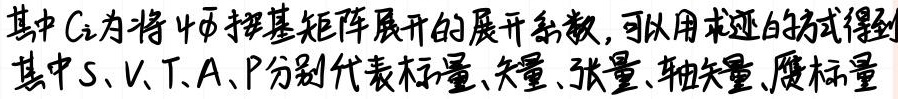
其中$C_i$为将$\psi$按基矩阵展开的展开系数，可以用求迹的方式得到
其中$S、V、T、A、P$分别代表标量、矢量、张量、轴矢量、赝标量